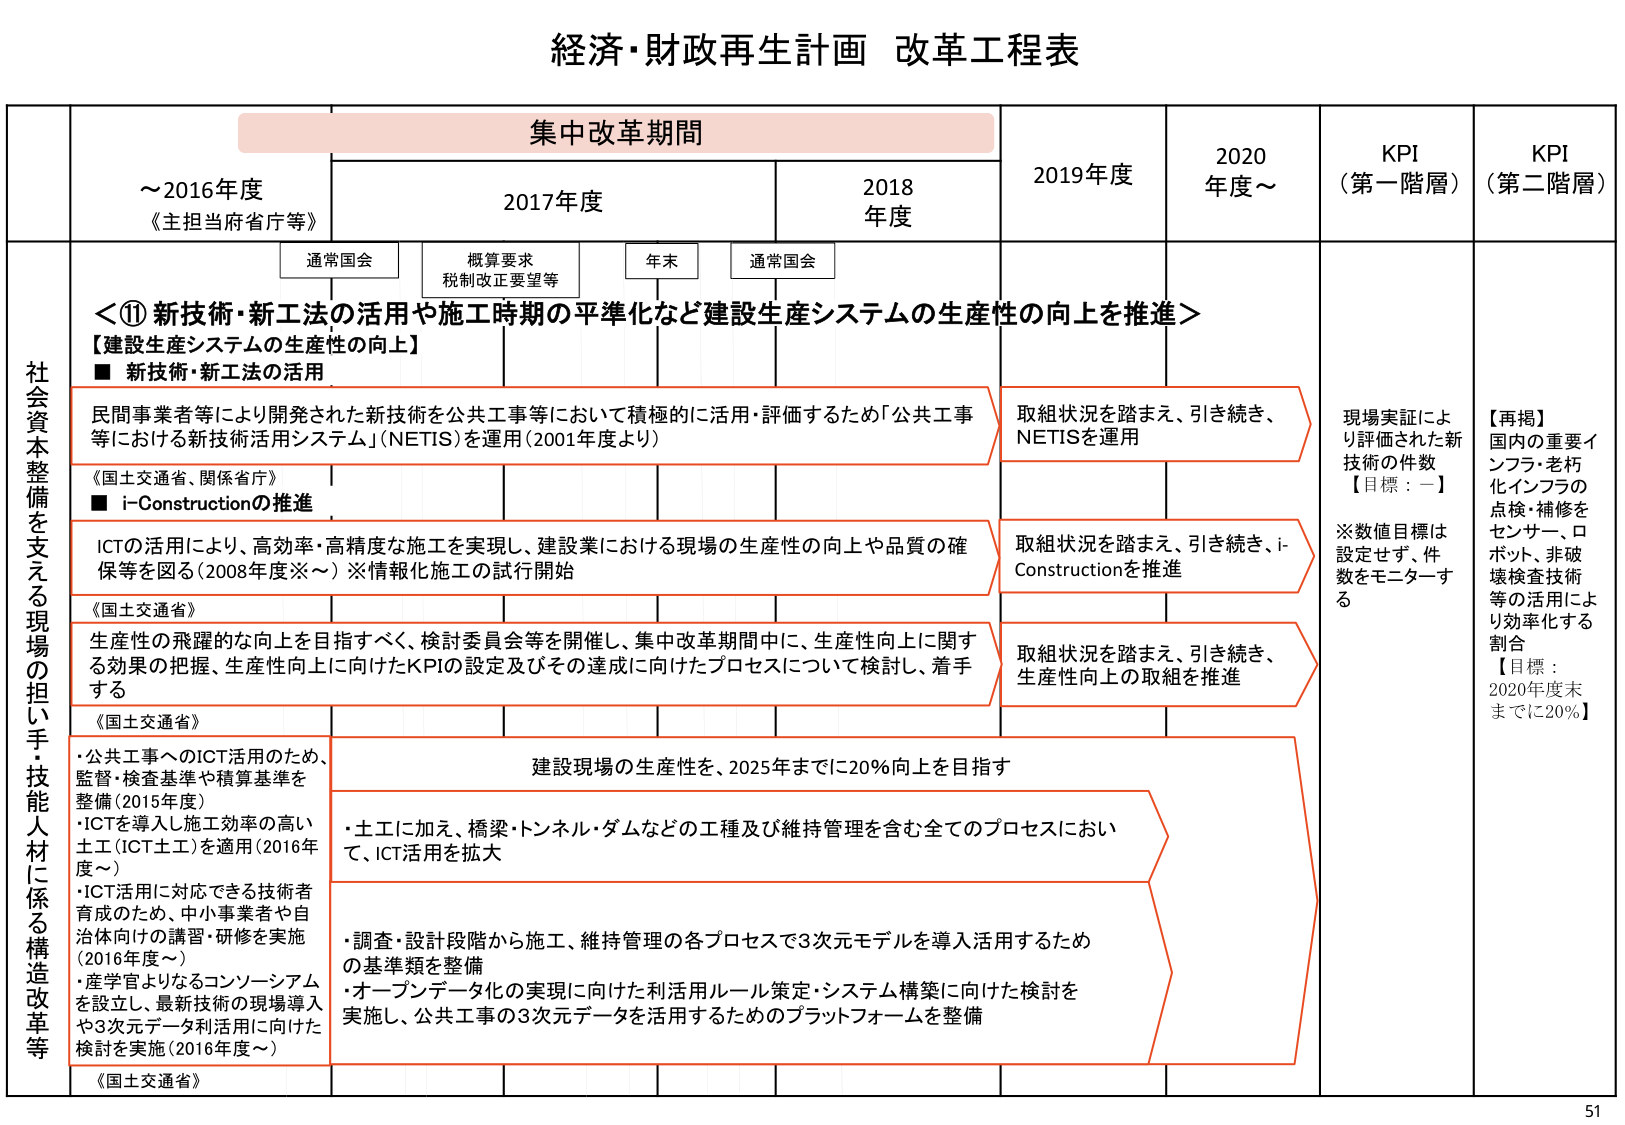
経済・財政再生計画 改革工程表

集中改革期間

～2016年度
《主担当府省庁等》

2017年度

2018年度

2019年度

2020年度～

KPI
（第一階層）

KPI
（第二階層）

通常国会

概算要求
税制改正要望等

年末

通常国会

社会資本整備を支える現場の担い手・技能人材に係る構造改革等

＜⑪ 新技術・新工法の活用や施工時期の平準化など建設生産システムの生産性の向上を推進＞

【建設生産システムの生産性の向上】

■ 新技術・新工法の活用

民間事業者等により開発された新技術を公共工事等において積極的に活用・評価するため「公共工事等における新技術活用システム」（NETIS）を運用（2001年度より）

取組状況を踏まえ、引き続き、NETISを運用

《国土交通省、関係省庁》

■ i-Constructionの推進

ICTの活用により、高効率・高精度な施工を実現し、建設業における現場の生産性の向上や品質の確保等を図る（2008年度※～）※情報化施工の試行開始

取組状況を踏まえ、引き続き、i-Constructionを推進

《国土交通省》

生産性の飛躍的な向上を目指すべく、検討委員会等を開催し、集中改革期間中に、生産性向上に関する効果の把握、生産性向上に向けたKPIの設定及びその達成に向けたプロセスについて検討し、着手する

取組状況を踏まえ、引き続き、生産性向上の取組を推進

《国土交通省》

・公共工事へのICT活用のため、監督・検査基準や積算基準を整備（2015年度）
・ICTを導入し施工効率の高い土工（ICT土工）を適用（2016年度～）
・ICT活用に対応できる技術者育成のため、中小事業者や自治体向けの講習・研修を実施（2016年度～）
・産学官よるコンソーシアムを設立し、最新技術の現場導入や3次元データ利活用に向けた検討を実施（2016年度～）

建設現場の生産性を、2025年までに20％向上を目指す

・土工に加え、橋梁・トンネル・ダムなどの工種及び維持管理を含む全てのプロセスにおいて、ICT活用を拡大

・調査・設計段階から施工、維持管理の各プロセスで3次元モデルを導入活用するための基準類を整備
・オープンデータ化の実現に向けた利活用ルール策定・システム構築に向けた検討を実施し、公共工事の3次元データを活用するためのプラットフォームを整備

《国土交通省》

現場実証により評価された新技術の件数
【目標：－】
※数値目標は設定せず、件数をモニターする

【再掲】
国内の重要インフラ・老朽化インフラの点検・補修をセンサー、ロボット、非破壊検査技術等の活用により効率化する割合
【目標：2020年度末までに20％】

51